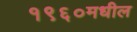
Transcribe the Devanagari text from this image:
१९६०मधील